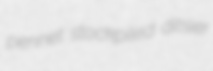
pennet stockpiled ditsier